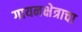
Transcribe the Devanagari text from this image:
गायनक्षेत्राचा